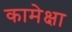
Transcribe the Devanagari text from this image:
कामेक्षा